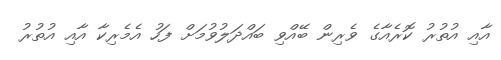
އާއި އުތުރު ކޮރެއާގެ ވެރިން ބޭއްވި ބައްދަލުވުމަށް ފަހު އެމެރިކާ އާއި އުތުރު